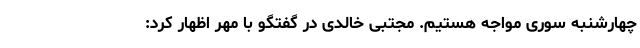
چهارشنبه سوری مواجه هستیم. مجتبی خالدی در گفتگو با مهر اظهار کرد: